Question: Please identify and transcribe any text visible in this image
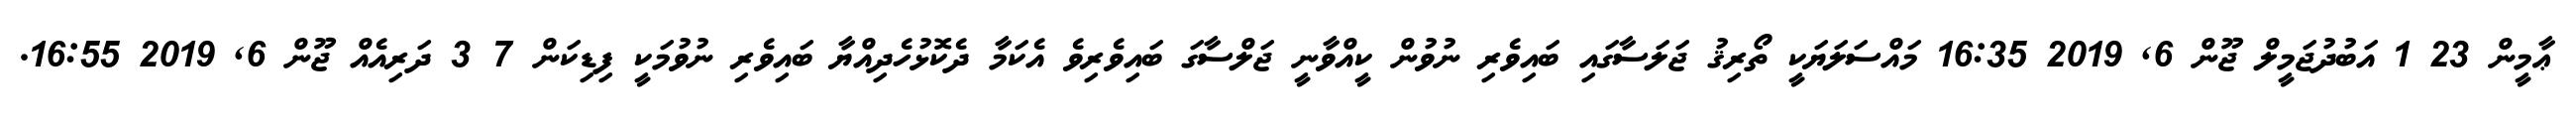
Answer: ޢާމީން 23 1 އަބުދުޖަމީލް ޖޫން 6, 2019 16:35 މައްސަލަޔަކީ ތޯރިޤު ޖަލަސާގައި ބައިވެރި ނުވުން ކީއްވާނީ ޖަލްސާގަ ބައިވެރިވެ އެކަމާ ދެކޮޅުހެދިއްޔާ ބައިވެރި ނުވުމަކީ ފިޑިކަން 7 3 ދަރިއެއް ޖޫން 6, 2019 16:55.